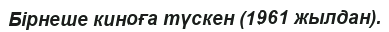
Бірнеше киноға түскен (1961 жылдан).